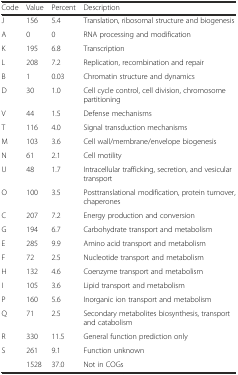
| Code | Value | Percent | Description |
 | --- | --- | --- | --- |
 | J | 156 | 5.4 | Translation, ribosomal structure and biogenesis |
 | A | 0 | 0 | RNA processing and modification |
 | K | 195 | 6.8 | Transcription |
 | L | 208 | 7.2 | Replication, recombination and repair |
 | B | 1 | 0.03 | Chromatin structure and dynamics |
 | D | 30 | 1.0 | Cell cycle control, cell division, chromosome partitioning |
 | V | 44 | 1.5 | Defense mechanisms |
 | T | 116 | 4.0 | Signal transduction mechanisms |
 | M | 103 | 3.6 | Cell wall/membrane/envelope biogenesis |
 | N | 61 | 2.1 | Cell motility |
 | U | 48 | 1.7 | Intracellular trafficking, secretion, and vesicular transport |
 | O | 100 | 3.5 | Posttranslational modification, protein turnover, chaperones |
 | C | 207 | 7.2 | Energy production and conversion |
 | G | 194 | 6.7 | Carbohydrate transport and metabolism |
 | E | 285 | 9.9 | Amino acid transport and metabolism |
 | F | 72 | 2.5 | Nucleotide transport and metabolism |
 | H | 132 | 4.6 | Coenzyme transport and metabolism |
 | I | 105 | 3.6 | Lipid transport and metabolism |
 | P | 160 | 5.6 | Inorganic ion transport and metabolism |
 | Q | 71 | 2.5 | Secondary metabolites biosynthesis, transport and catabolism |
 | R | 330 | 11.5 | General function prediction only |
 | S | 261 | 9.1 | Function unknown |
 |  | 1528 | 37.0 | Not in COGs |